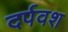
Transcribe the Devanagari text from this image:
दर्पवश